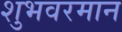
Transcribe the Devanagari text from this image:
शुभवरमान